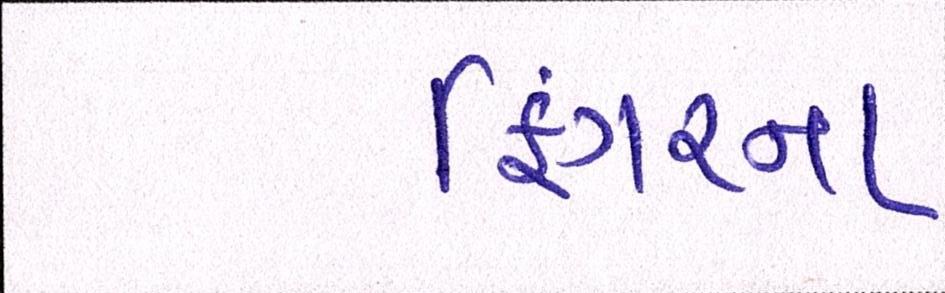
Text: ફિંગરના